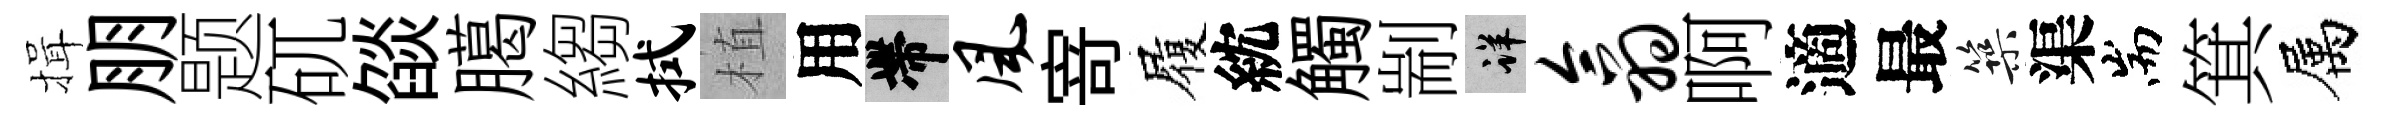
揖朋题矹燄臈縐拭植用帶风𭔃履紞觸剬详翕啊適最築渠耑箕属